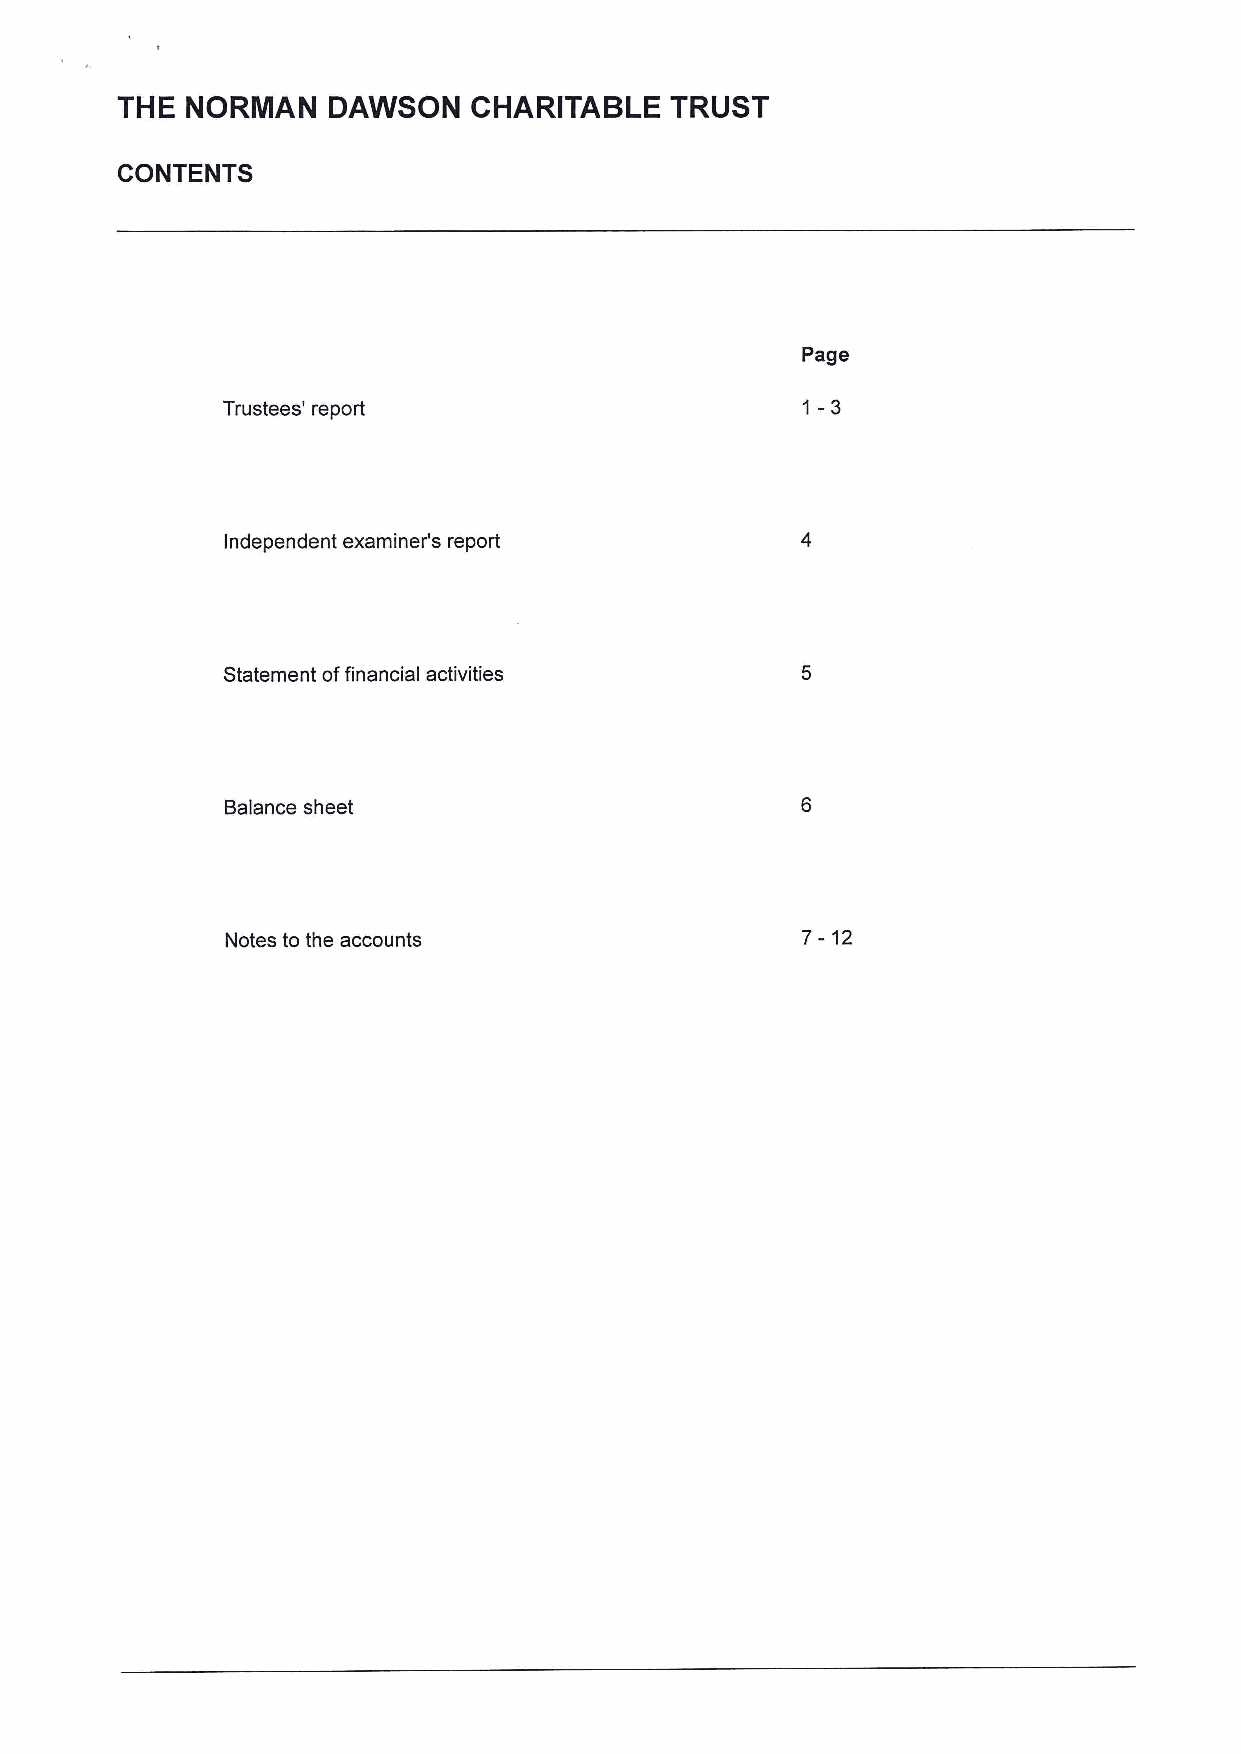
THE NORMAN    DAWSON   CHARITABLE   TRUST
 CONTENTS
 Page
 1-3
 Trustees' report
 Independent examiner's report
 Statement offinancial activities
 Balance sheet
 Notes to the accounts